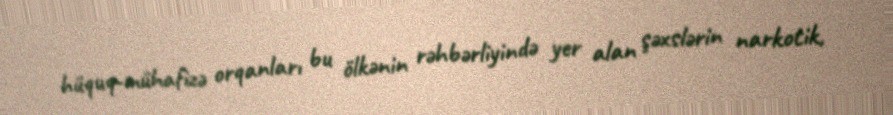
hüquq-mühafizə orqanları bu ölkənin rəhbərliyində yer alan şəxslərin narkotik,